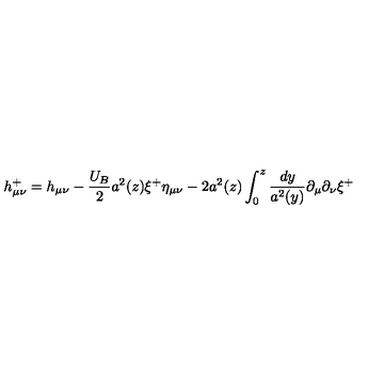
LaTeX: h _ { \mu \nu } ^ { + } = h _ { \mu \nu } - \frac { U _ { B } } { 2 } a ^ { 2 } ( z ) \xi ^ { + } \eta _ { \mu \nu } - 2 a ^ { 2 } ( z ) \int _ { 0 } ^ { z } \frac { d y } { a ^ { 2 } ( y ) } \partial _ { \mu } \partial _ { \nu } \xi ^ { + }